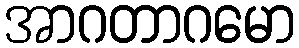
အာဂတာဂမော